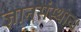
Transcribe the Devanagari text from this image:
ज्ञानसंस्थान।